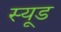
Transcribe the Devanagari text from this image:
स्यूड